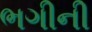
ભગીની